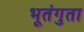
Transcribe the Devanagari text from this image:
भूतंगुता